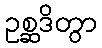
ဥစ္ဆဒိတွာ